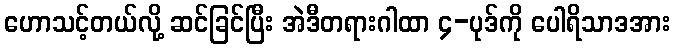
ဟောသင့်တယ်လို့ ဆင်ခြင်ပြီး အဲဒီတရားဂါထာ ၄-ပုဒ်ကို ပေါရိသာဒအား